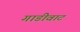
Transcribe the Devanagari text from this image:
गाडीवाट